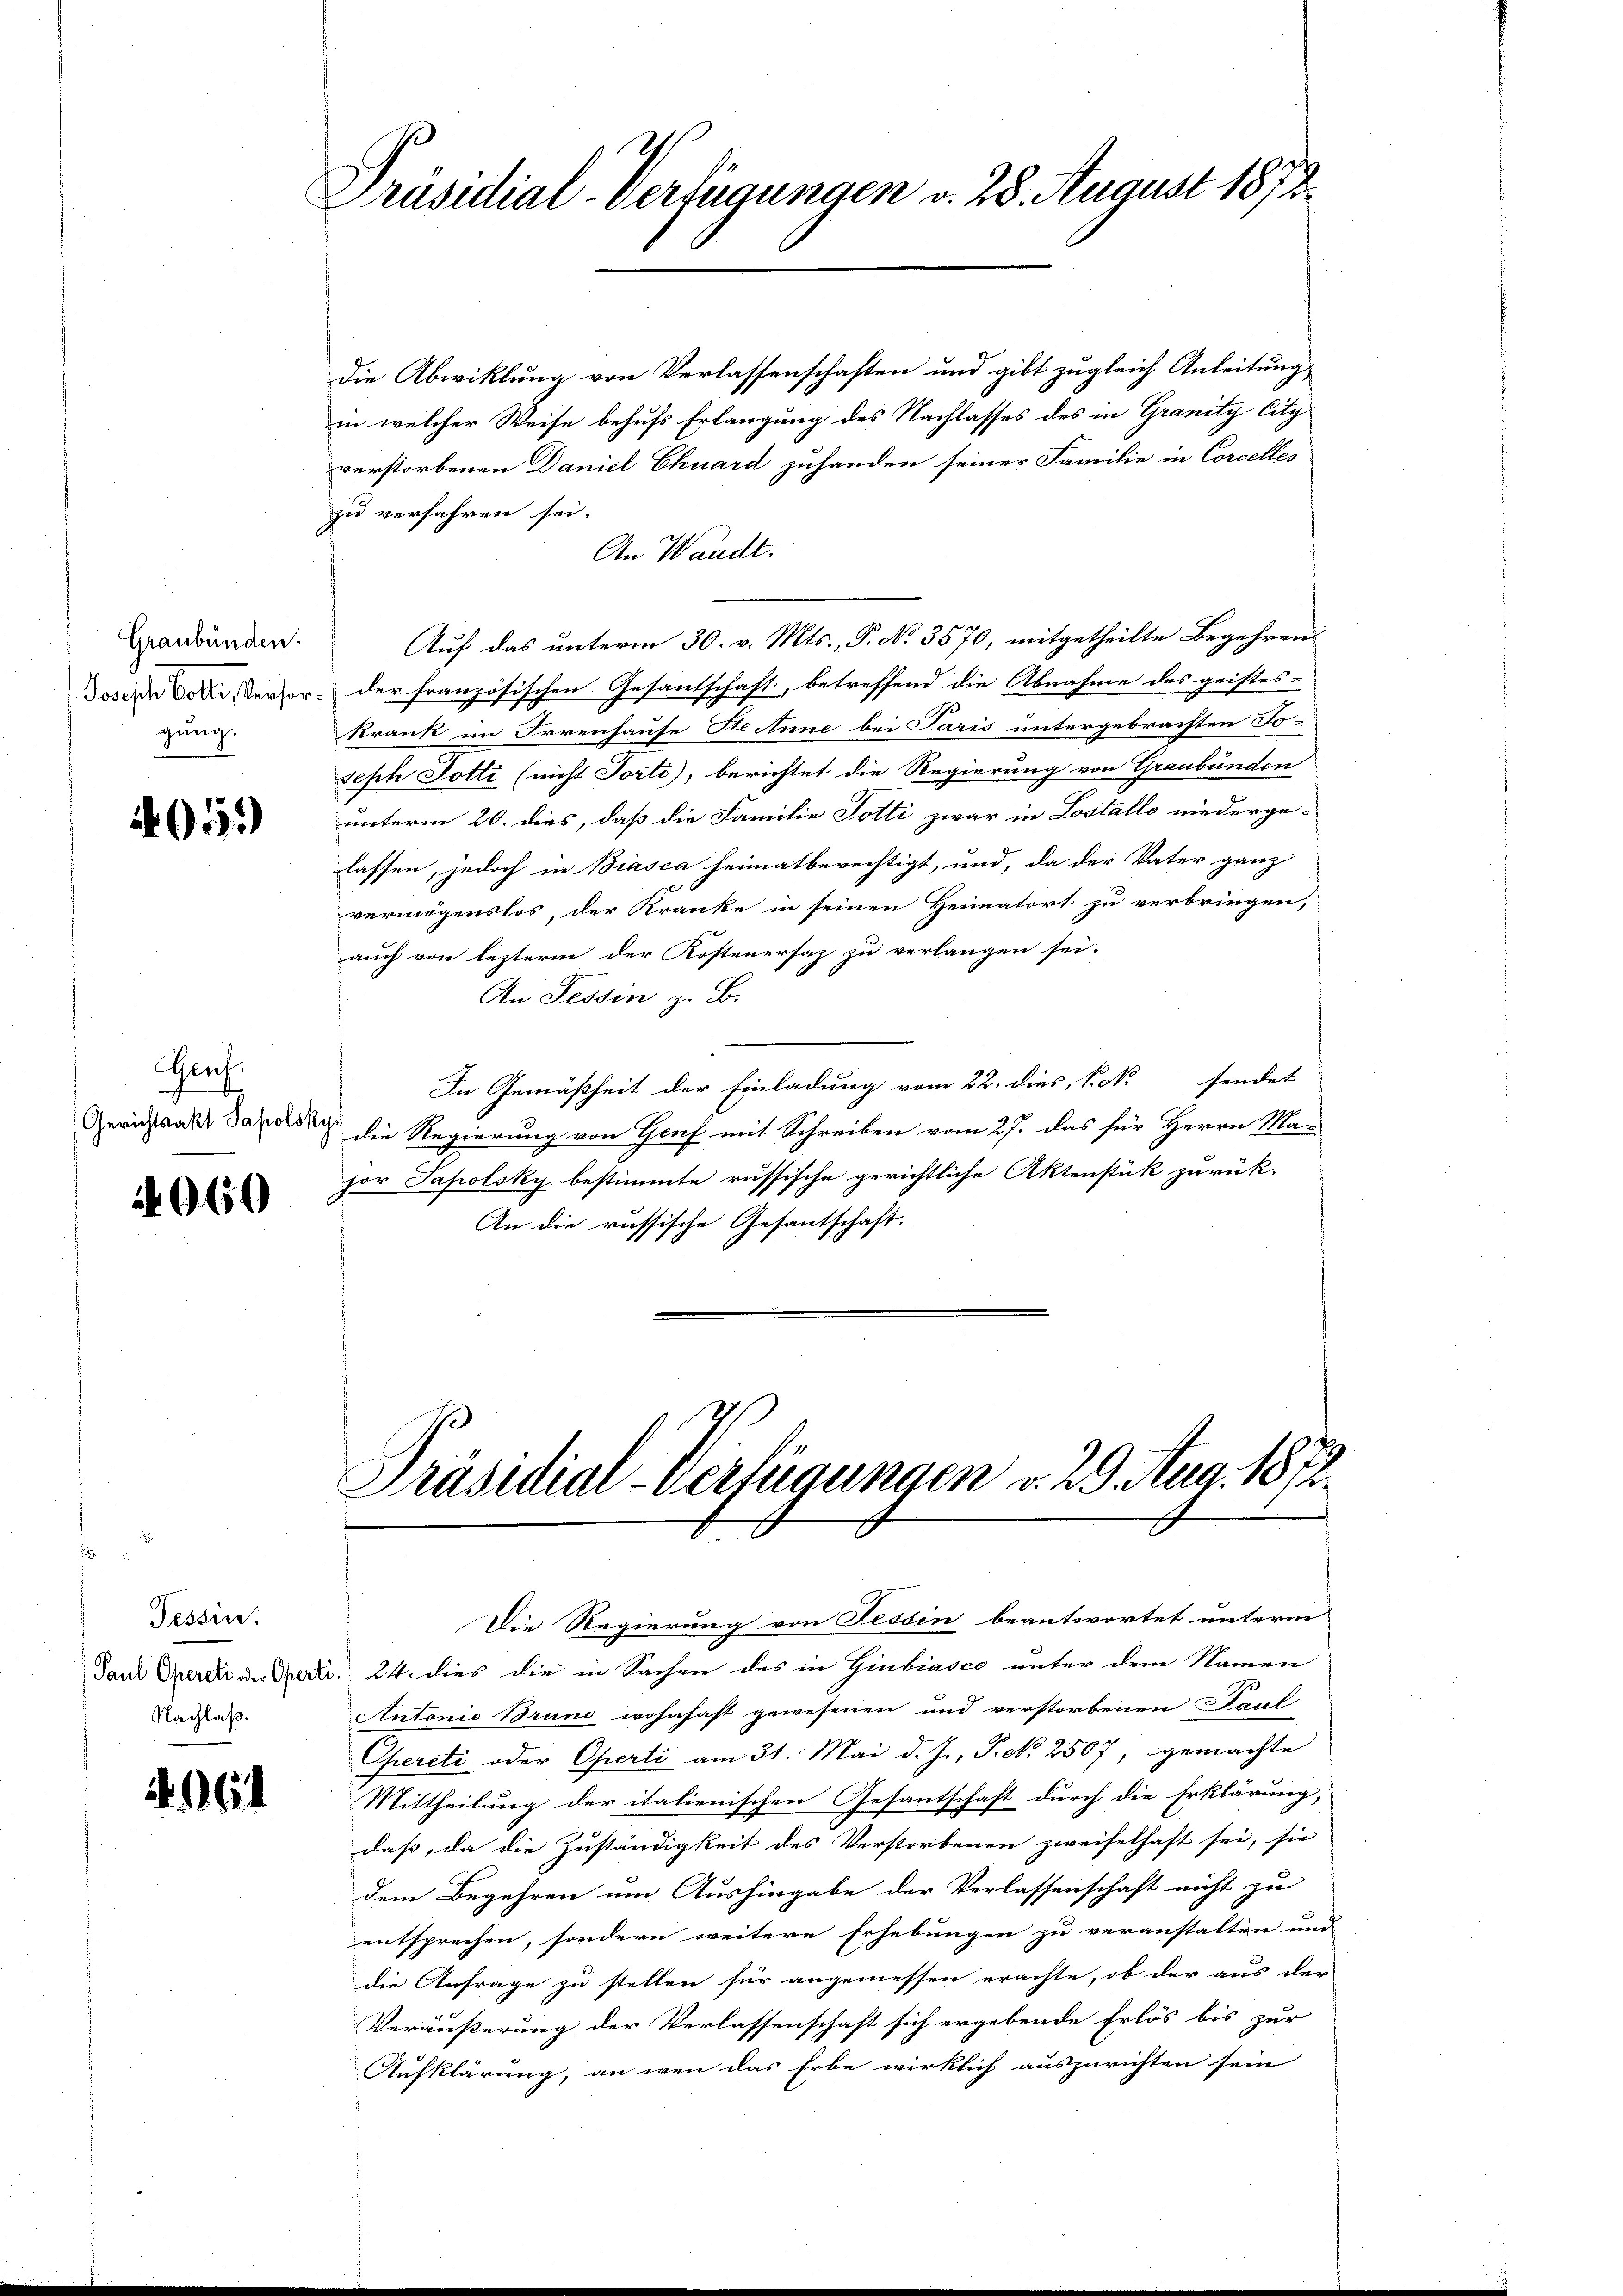
Graubünden.
gung.

4059)

Genf.

4060

Tessin.
Paul Operati oder Opferti
Nachlaß.

Präsidial-Verfügungen v. 28. August 1878

die Abwicklung von Verlassenschaften und gibt zugleich Anleitung
in welcher Weise behufs Erlangung des Nachlasses des in Granity City
verstorbenen Daniel Ehuard zuhanden seiner Familie in Corcelles
zu verfahren sei.
An Waadt.
Auf das unterm 30. v. Mts., P. No 3570, mitgetheilte Begehren¬
Dosen oder Verlor der französischen Gesantschaft, betreffend die Abnahme des geistes-
Krank im Irrenhause Ste Anne bei Paris untergebrachten Toseph Totti (nicht Torte), berichtet die Regierung von Graubünden
unterm 20. dies, daß die Familie Totti zwar in Lostallo niederge-
lassen, jedoch in Biasca heimatberechtigt, und, da der Vater ganz
vermögenslos, der Kranke in seinen Heimatort zu verbringen,
auch von lezterm der Kostenersaz zu verlangen sei.
An Tessin z. B.
In Gemäßheit der Einladung vom 22. dies, Pok. sendet
Gerichtsalte dass die Regierung von Genf mit Schreiben vom 27. das für Herrn Ma-
hor Tapolsky bestimmte russische gerichtliche Aktenstük zurük-
An die russische Gesantschaft

Präsidial-Verfügungen v. 29. Aug. 1878

Die Regierung von Tessin beantwortet unterm
24. dies die in Sachen des in Giubiasco unter dem Namen
Antonio Bruno wohnhaft gewesenen und verstorbenen Paul
Operati oder Operti am 31. Mai d. J., P. No 2507, gemachte
Mittheilung der italienischen Gesantschaft durch die Erklärung,
daß, da die Zuständigkeit des Verstorbenen zweifelhaft sei, sie
dem Begehren um Aushingabe der Verlassenschaft nicht zu
entsprechen, sondern weitere Erhebungen zu veranstalten und
die Anfrage zu stellen für angemessen erachte, ob der aus der
Veräußerung der Verlassenschaft sich ergebende Erlös bis zur
Aufklärung, an wenn das Erbe wirklich auszurichten sein